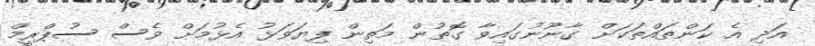
އަދި އެ ކަންތައްތަކަށް ގާނޫނުގައިވާ ގޮތުން މަތިން ފިޔަވަޅު އެޅުމަށް ވެސް ސުޕްރީމް